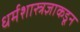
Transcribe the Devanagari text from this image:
धर्मशास्त्रज्ञाकडून